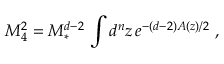
M _ { 4 } ^ { 2 } = M _ { * } ^ { d - 2 } \, \int d ^ { n } z \, e ^ { - ( d - 2 ) A ( z ) / 2 } \ ,